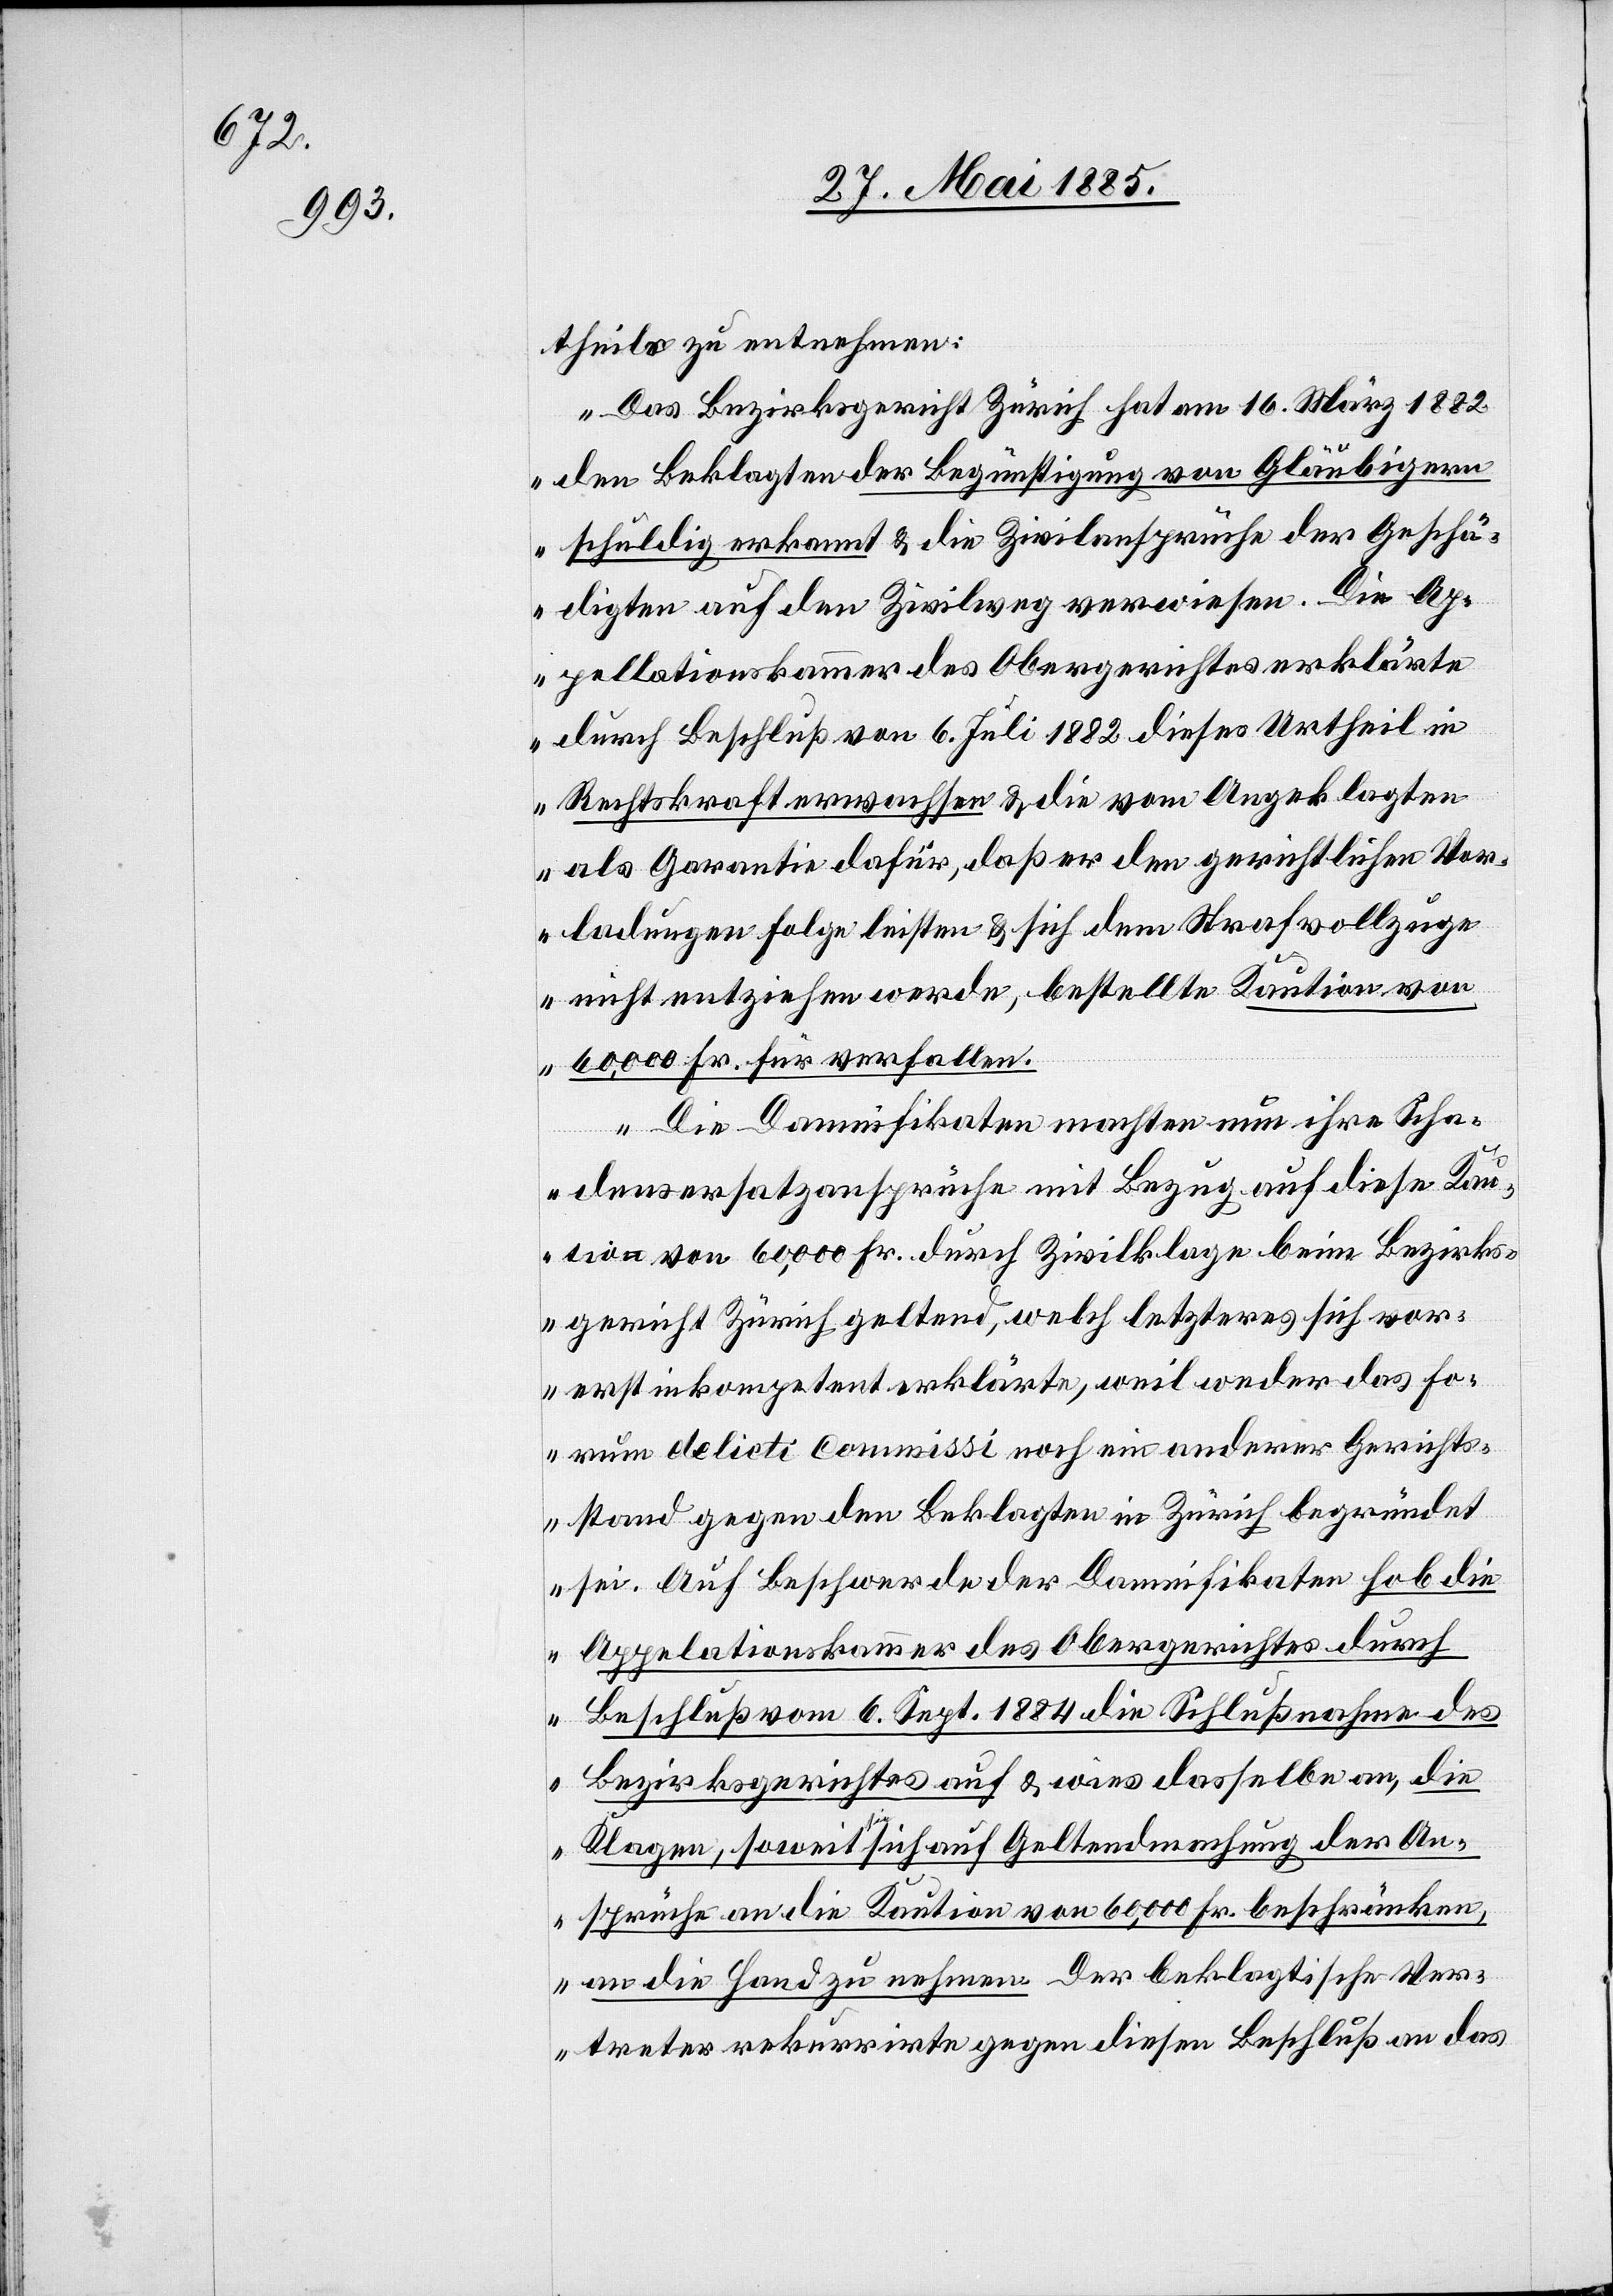
theils zu entnehmen:
„Das Bezirksgericht Zürich hat am 16. März 1882
den Beklagten der Begünstigung von Gläubigern
schuldig erkannt & die Zivilansprüche der Geschä¬
digten auf den Zivilweg verwiesen. Die Ap¬
pellationskammer des Obergerichtes erklärte
durch Beschluß von [sic!] 6. Juli 1882 dieses Urtheil in
Rechtskraft erwachsen & die vom angeklagten
als Garantie dafür, daß er den gerichtlichen Vor¬
ladungen Folge leisten & sich dem Strafvollzuge
nicht entziehen werde, bestellte Kaution von
60,000 Fr. für verfallen.
Die Damnifikaten machten nun ihre Scha¬
densersatzansprüche mit Bezug auf diese Kau¬
tion von 60,000 Fr. durch Zivilklage beim Bezirks¬
gericht Zürich geltend, welch letzteres sich vor¬
erst inkompetent erklärte, weil weder das fo¬
rum delicti commissi noch ein anderer Gerichts¬
stand gegen den Beklagten in Zürich begründet
sei. Auf Beschwerde der Damnifikaten hob die
Appel[l]ationskammer des Obergerichtes durch
Beschluß vom 6. Sept. 1884 die Schlußnahme des
Bezirksgerichtes auf & wies dasselbe an, die
Klagen, soweit sie sich auf Geltendmachung der An¬
sprüche an die Kaution von 60,000 Fr. beschränken,
an die Hand zu nehmen. Der beklagtische Ver¬
treter rekurrirte gegen diesen Beschluß an das